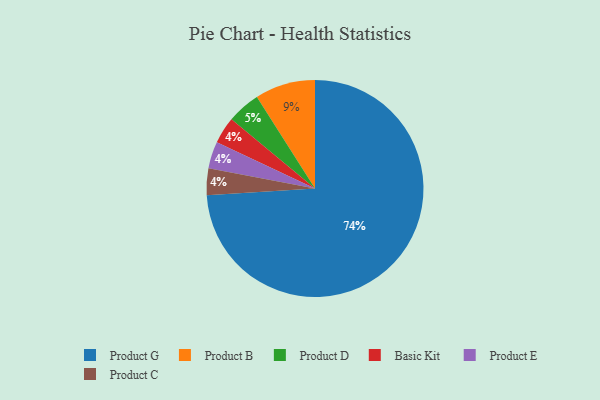
{"axis": {"x": "Category", "y": "Percentage"}, "legend": ["Basic Kit", "Product B", "Product C", "Product D", "Product E", "Product G"], "data": [{"x": "Basic Kit", "y": 4, "type": "Basic Kit"}, {"x": "Product G", "y": 74, "type": "Product G"}, {"x": "Product B", "y": 9, "type": "Product B"}, {"x": "Product E", "y": 4, "type": "Product E"}, {"x": "Product C", "y": 4, "type": "Product C"}, {"x": "Product D", "y": 5, "type": "Product D"}]}